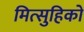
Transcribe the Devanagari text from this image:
मित्सुहिको